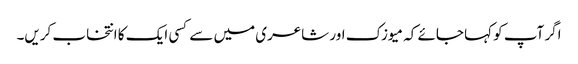
اگر آپ کو کہا جائے کہ میوزک اور شاعری میں سے کسی ایک کا انتخاب کریں۔